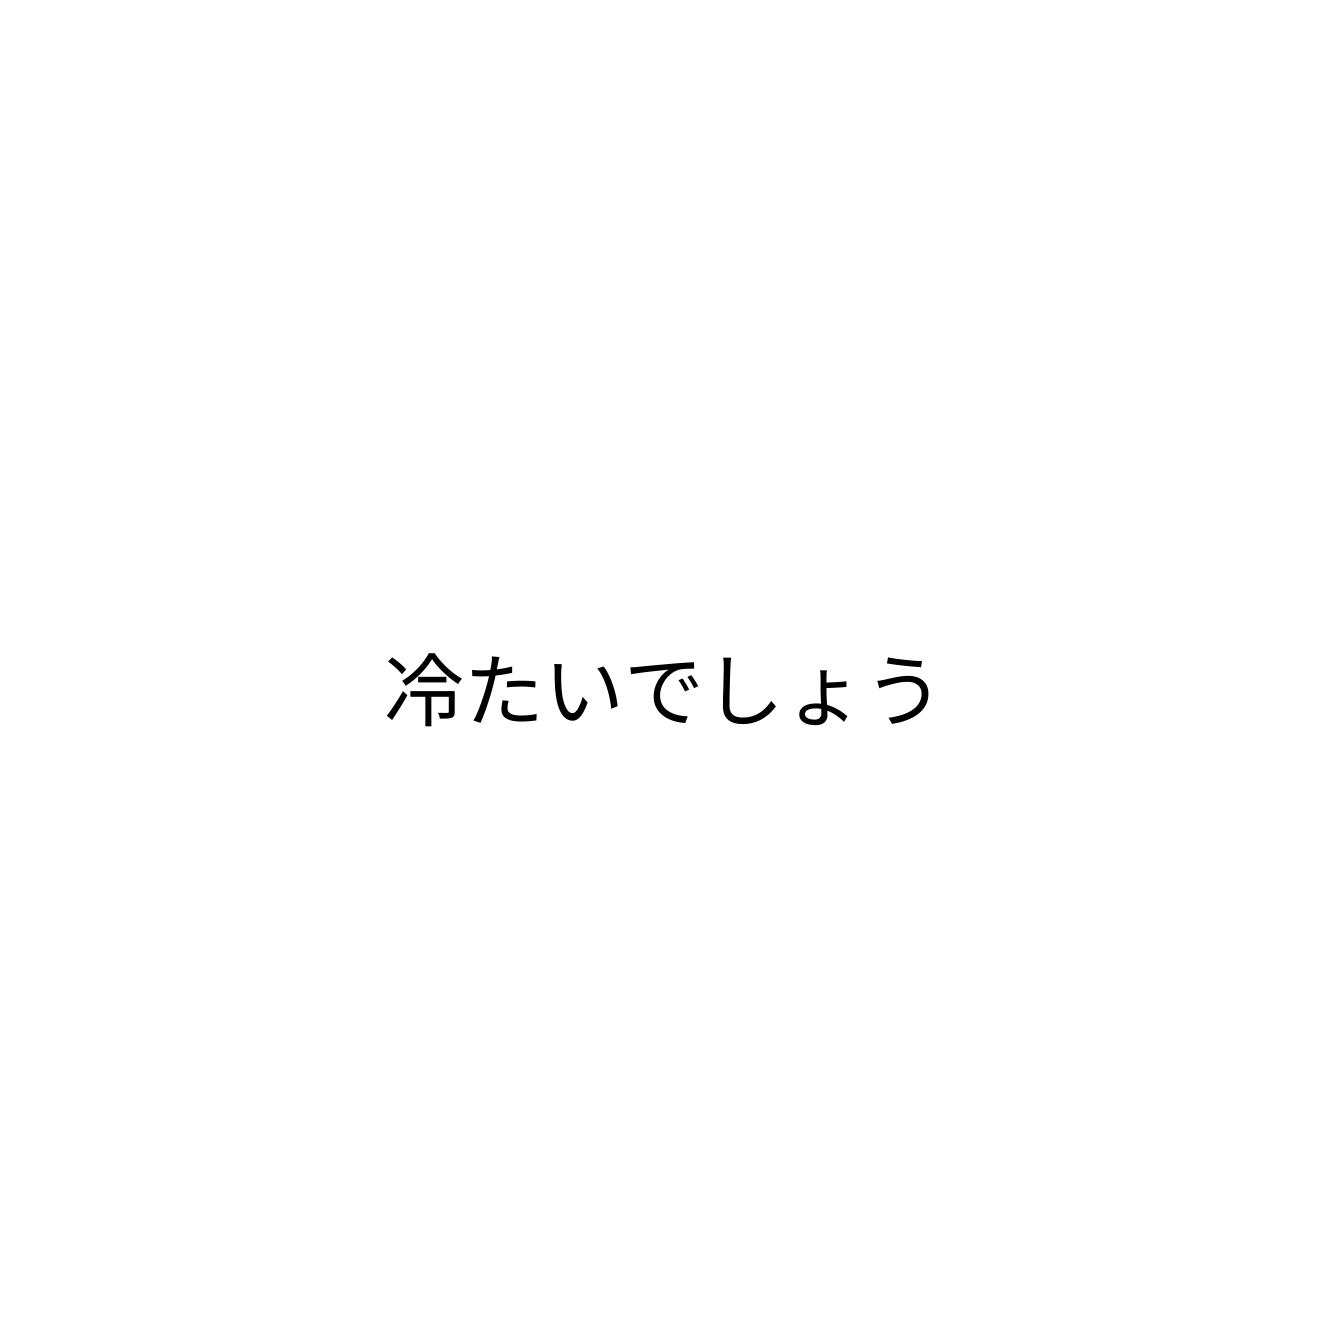
冷たいでしょう